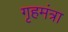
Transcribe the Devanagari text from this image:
गृहमंत्रा